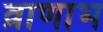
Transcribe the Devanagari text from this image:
व्राणाभ